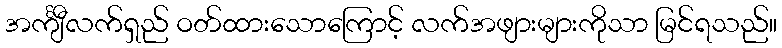
အင်္ကျီလက်ရှည် ဝတ်ထားသောကြောင့် လက်အဖျားများကိုသာ မြင်ရသည်။